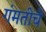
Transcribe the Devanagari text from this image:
गंमतीचे